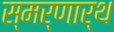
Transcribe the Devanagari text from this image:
स्मर्णार्थ